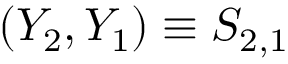
( Y _ { 2 } , Y _ { 1 } ) \equiv S _ { 2 , 1 }